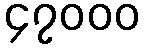
၄၇၀၀၀